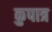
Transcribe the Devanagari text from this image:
कुपात्र